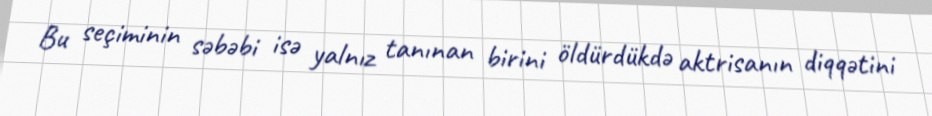
Bu seçiminin səbəbi isə yalnız tanınan birini öldürdükdə aktrisanın diqqətini